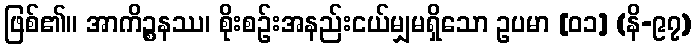
ဖြစ်၏။ အာကိဉ္စနဿ၊ စိုးစဉ်းအနည်းငယ်မျှမရှိသော ဥပမာ [၀၁] (နိ-၉၇)